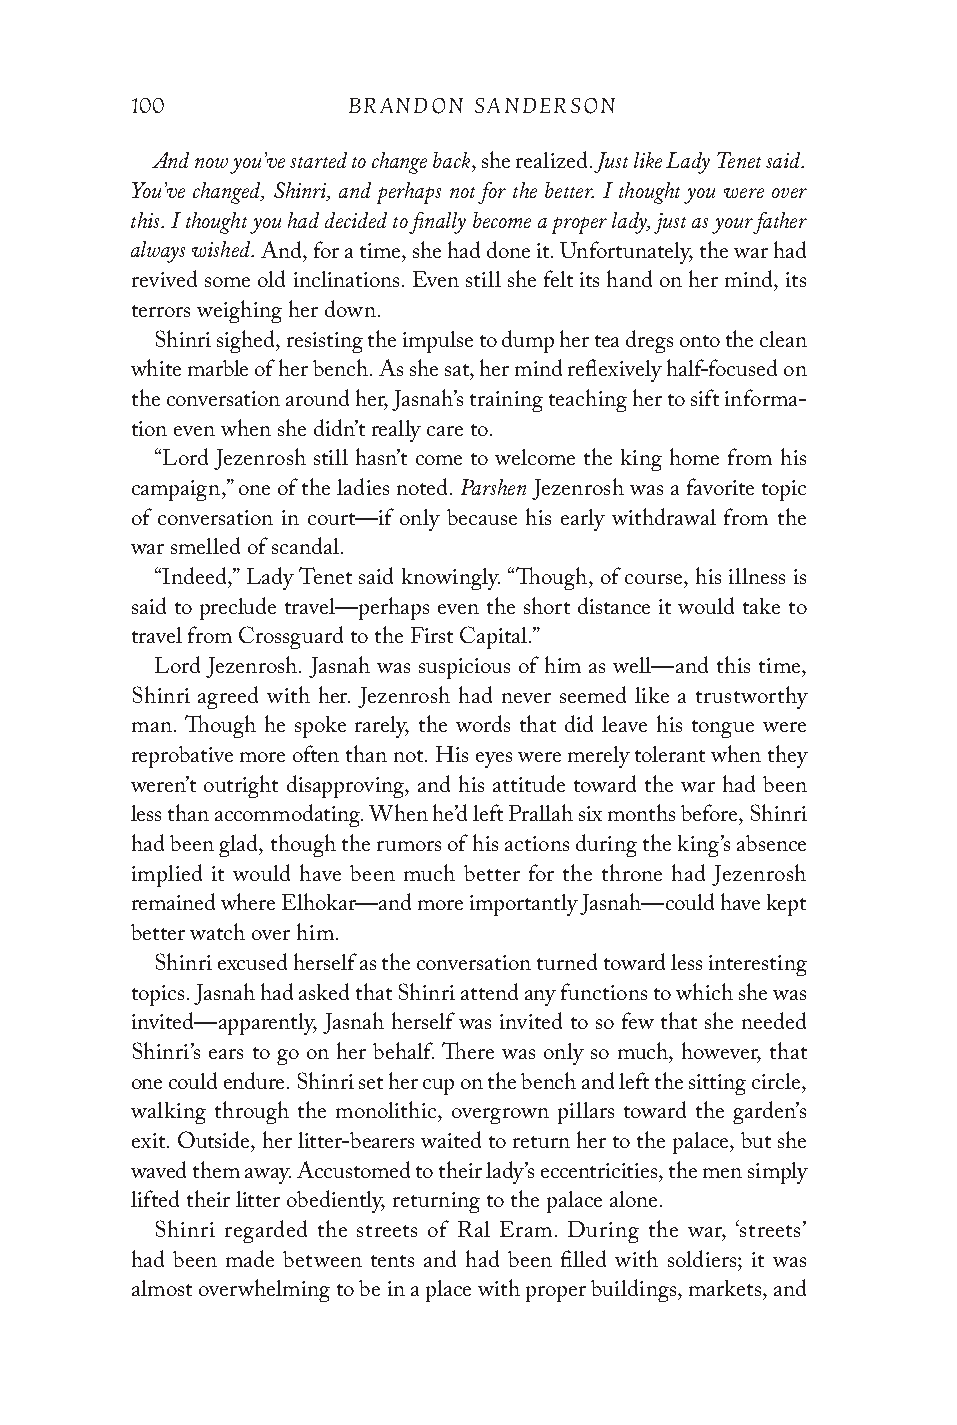
100           BRANDON SANDERSON
 And now you’ve started to change back Just like Lady Tenet said.
 , she realized.
 You’ve changed, Shinri, and perhaps not for the better. I thought you were over
 this. I thought you had decided to finally become a proper lady, just as your father
 always wished.
 And, for a time, she had done it. Unfortunately, the war had
 revived some old inclinations. Even still she felt its hand on her mind, its
 terrors weighing her down.
 Shinri sighed, resisting the impulse to dump her tea dregs onto the clean
 white marble of her bench. As she sat, her mind reflexively half-focused on
 the conversation around her, Jasnah’s training teaching her to sift informa-
 tion even when she didn’t really care to.
 “Lord Jezenrosh still hasn’t come to welcome the king home from his
 Parshen
 campaign,” one of the ladies noted. Jezenrosh was a favorite topic
 of conversation in court—if only because his early withdrawal from the
 war smelled of scandal.
 “Indeed,” Lady Tenet said knowingly. “Though, of course, his illness is
 said to preclude travel—perhaps even the short distance it would take to
 travel from Crossguard to the First Capital.”
 Lord Jezenrosh. Jasnah was suspicious of him as well—and this time,
 Shinri agreed with her. Jezenrosh had never seemed like a trustworthy
 man. Though he spoke rarely, the words that did leave his tongue were
 reprobative more often than not. His eyes were merely tolerant when they
 weren’t outright disapproving, and his attitude toward the war had been
 less than accommodating. When he’d left Prallah six months before, Shinri
 had been glad, though the rumors of his actions during the king’s absence
 implied it would have been much better for the throne had Jezenrosh
 remained where Elhokar—and more importantly Jasnah—could have kept
 better watch over him.
 Shinri excused herself as the conversation turned toward less interesting
 topics. Jasnah had asked that Shinri attend any functions to which she was
 invited—apparently, Jasnah herself was invited to so few that she needed
 Shinri’s ears to go on her behalf. There was only so much, however, that
 one could endure. Shinri set her cup on the bench and left the sitting circle,
 walking through the monolithic, overgrown pillars toward the garden’s
 exit. Outside, her litter-bearers waited to return her to the palace, but she
 waved them away. Accustomed to their lady’s eccentricities, the men simply
 lifted their litter obediently, returning to the palace alone.
 Shinri regarded the streets of Ral Eram. During the war, ‘streets’
 had been made between tents and had been filled with soldiers; it was
 almost overwhelming to be in a place with proper buildings, markets, and